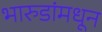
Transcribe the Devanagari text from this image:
भारुडांमधून